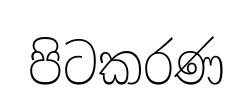
පිටකරණ